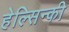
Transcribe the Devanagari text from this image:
हेल्सिन्की